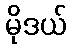
မိုဒယ်